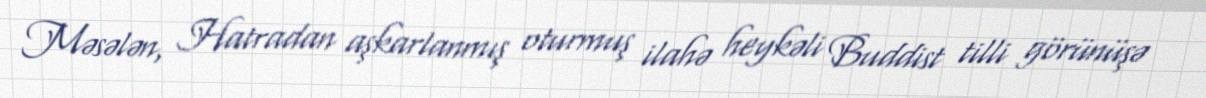
Məsələn, Hatradan aşkarlanmış oturmuş ilahə heykəli Buddist tilli görünüşə